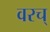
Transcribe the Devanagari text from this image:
वरच्